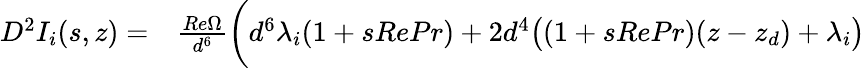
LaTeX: \begin{array}{rl}{D^{2}I_{i}(s,z)=}&{{}\frac{Re\Omega}{d^{6}}\bigg(d^{6}\lambda_{i}(1+sRePr)+2d^{4}\big((1+sRePr)(z-z_{d})+\lambda_{i}\big)}\end{array}